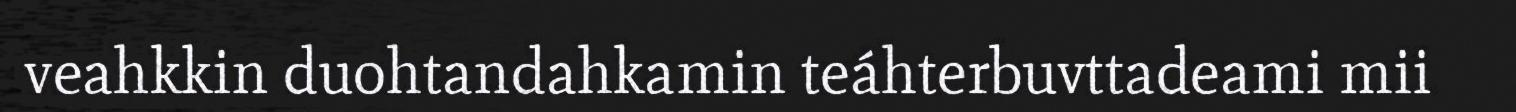
veahkkin duohtandahkamin teáhterbuvttadeami mii